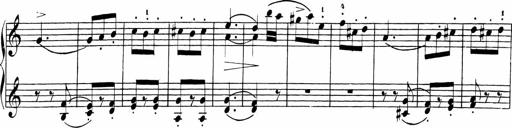
Title: Sonatinen Op.47, 98 und 136, nebst 6 Liedersonatinen
Composer: Carl Reinecke